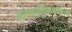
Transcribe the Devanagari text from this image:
अलेक्झांड्रियाजवळच्या